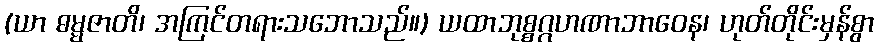
(ယာ ဓမ္မဇာတိ၊ အကြင်တရားသဘောသည်။) ယထာဘုစ္စဂ္ဂဟဏာဘာဝေန၊ ဟုတ်တိုင်းမှန်စွာ